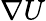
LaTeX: \nabla U